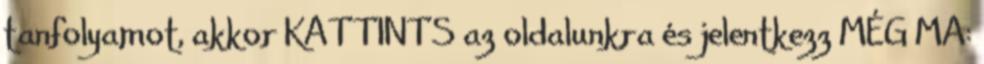
tanfolyamot, akkor KATTINTS az oldalunkra és jelentkezz MÉG MA: